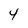
Character: 4